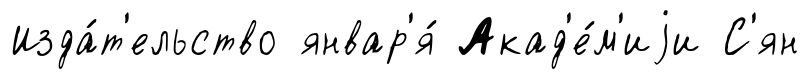
Изда́т'ельство январ'я́ Акад'е́м'иjи С'ян